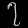
Digit: ၇